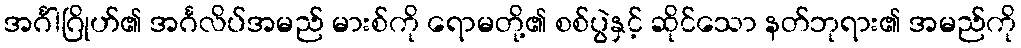
အင်္ဂါဂြိုဟ်၏ အင်္ဂလိပ်အမည် မားစ်ကို ရောမတို့၏ စစ်ပွဲနှင့် ဆိုင်သော နတ်ဘုရား၏ အမည်ကို